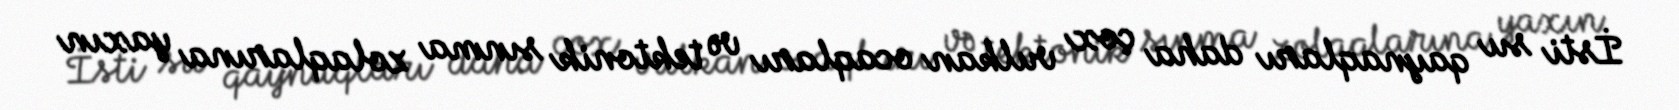
İsti su qaynaqları daha çox vulkan ocaqları və tektonik sınma zolaqlarına yaxın